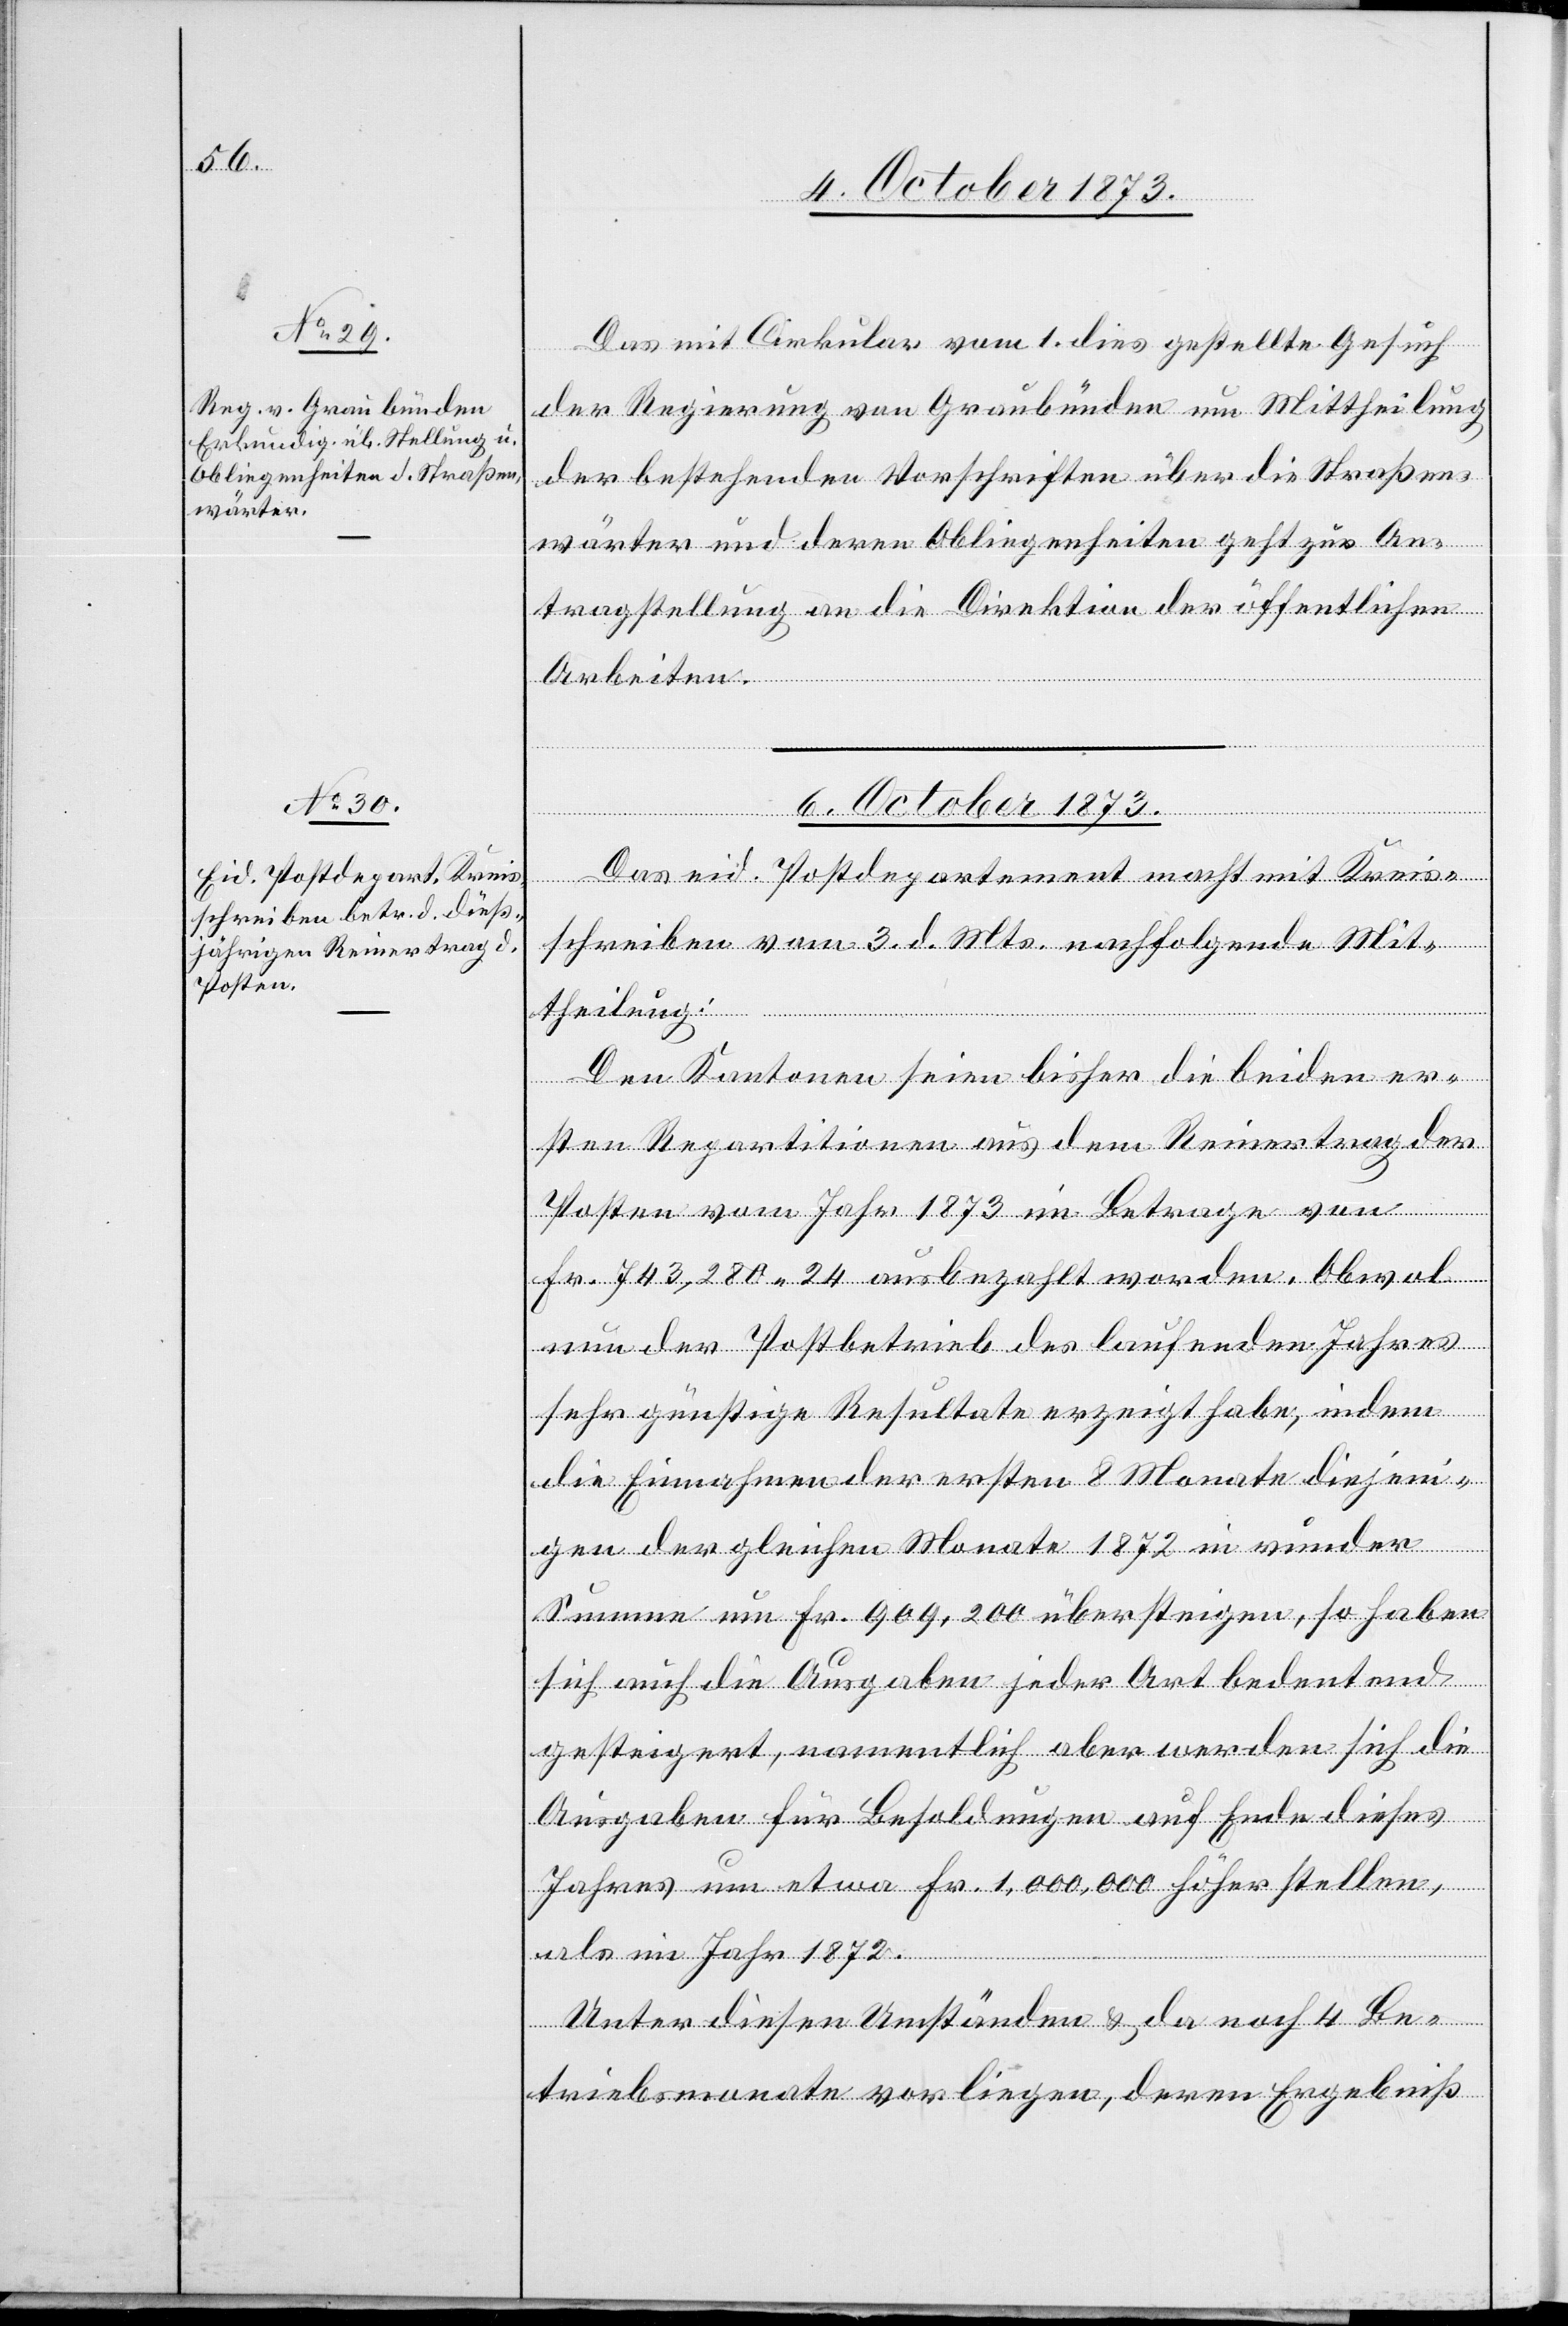
4. October 1873.]
Das mit Cirkular vom 1. dies gestellte Gesuch
der Regierung von Graubünden um Mittheilung
der bestehenden Vorschriften über die Straßen¬
wärter und deren Obliegenheiten geht zur An¬
tragstellung an die Direktion der öffentlichen
Arbeiten.
6. October 1873.
Das eid. Postdepartement macht mit Kreis¬
schreiben vom 3. d. Mts. nachfolgende Mit¬
theilung:
Den Kantonen seien bisher die beiden er¬
sten Repartitionen aus dem Reinertrag der
Posten vom Jahr 1873 im Betrage von
Fr. 743,280 24 ausbezahlt worden. Obwol
nun der Postbetrieb des laufenden Jahres
sehr günstige Resultate erzeigt habe, indem
die Einnahmen der ersten 8 Monate diejeni¬
gen der gleichen Monate 1872 in runder
Summe um Fr. 909,200 übersteigen, so haben
sich auch die Ausgaben jeder Art bedeutend
gesteigert, namentlich aber werden sich die
Ausgaben für Besoldungen auf Ende dieses
Jahres um etwa Fr. 1,000,000 höher stellen,
als im Jahr 1872.
Unter diesen Umständen & da noch 4 Be¬
triebsmonate vorliegen, deren Ergebniß